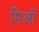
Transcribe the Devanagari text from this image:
मि़ओं